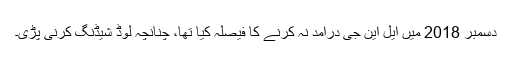
دسمبر 2018 میں ایل این جی درآمد نہ کرنے کا فیصلہ کیا تھا، چنانچہ لوڈ شیڈنگ کرنی پڑی۔